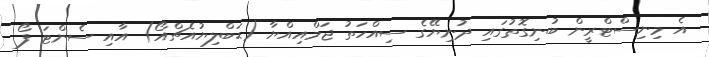
އެ މިނިސްޓްރީން ބުނިގޮތުގައި ދުނިޔޭގެ ސިއްހަތު ޖަމްއިއްޔާ (ޑަބްލިޔުއެޗްއޯ) އާއި ސެންޓަ ފޯ